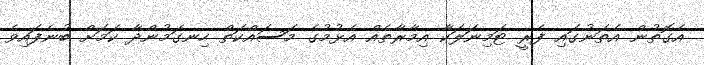
އެގޮތުން އެތަނުގައި ފެރީ ޓަމިނަލަކާ އިމާރާތެއް އެޅުމުގެ މަސައްްކަތް ހިނގަމުންދާ ކަަމަށް ބުނެފައިވެ